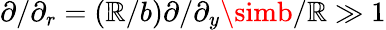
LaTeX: \partial/\partial_{r}=\left(\mathbb{R}/b\right)\partial/\partial_{y}\simb/\mathbb{R}\gg1